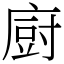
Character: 𢊍